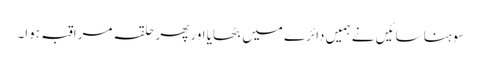
سوہنا سائیں نے ہمیں دائرے میں بٹھایا اور پھر حلقہ مراقبہ ہوا۔